Source: Handwritten
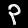
Digit: ၃ (3)